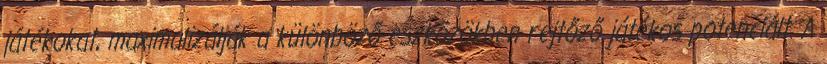
játékokat, maximalizálják a különböző eszközökben rejtőző játékos potenciált. A